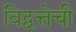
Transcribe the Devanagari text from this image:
विद्वत्तेची